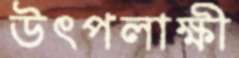
উৎপলাক্ষী